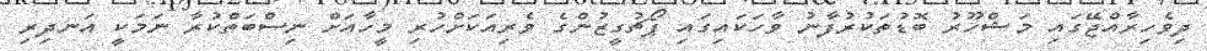
ދިވެހިރާއްޖޭގައި މަޝްހޫރު ބޮޑުތަކުރުފާނު ވާހަކައިގައި ޕޯޗުގީޒުންގެ ވެރިއަކަށްހުރި މީހާއަށް ނިސްބަތްކުރާ ނަމަކީ އަނދިރި